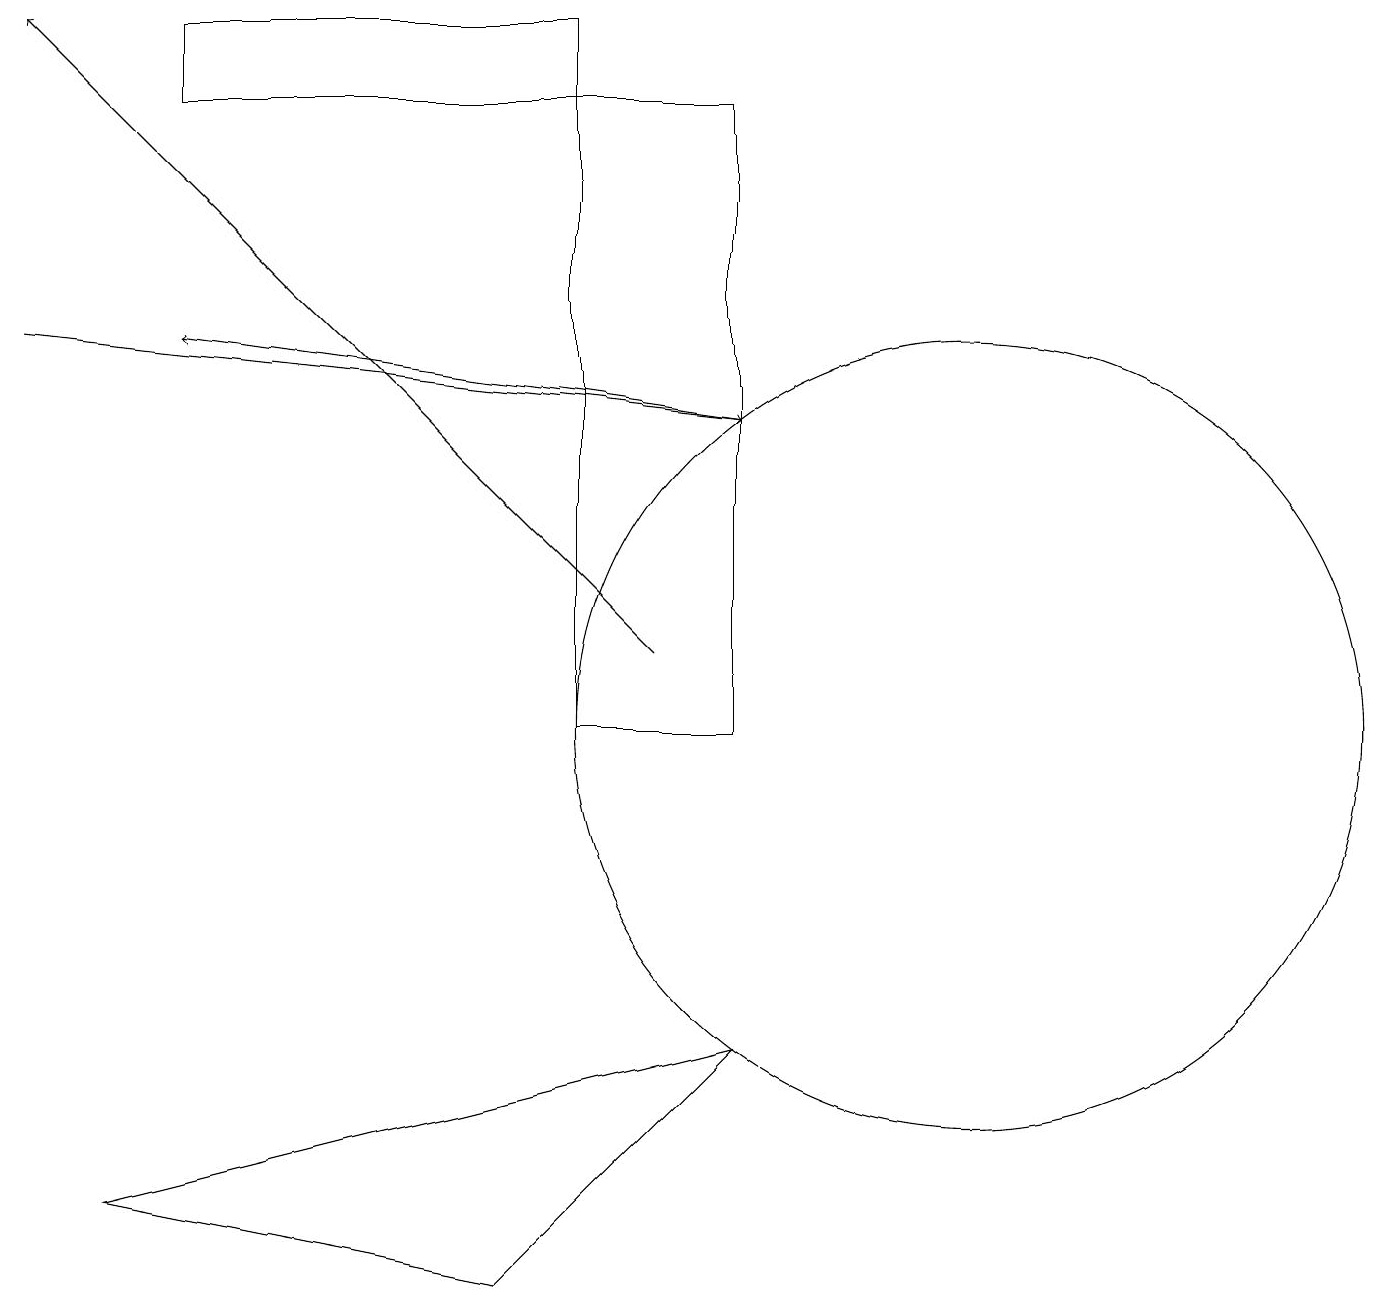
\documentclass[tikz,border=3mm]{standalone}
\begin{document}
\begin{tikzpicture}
\draw (12,10) circle (5);
\draw[->] (8,11) -- (0,19);
\draw (7,18) rectangle (2,19);
\draw (9,6) -- (1,4) -- (6,3) -- cycle;
\draw[->] (0,15) -- (9,14);
\draw[->] (9,14) -- (2,15);
\draw (7,18) rectangle (9,10);
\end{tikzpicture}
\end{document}